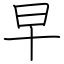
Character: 早